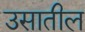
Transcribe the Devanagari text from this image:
उसातील